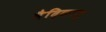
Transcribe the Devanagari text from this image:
वैदिकात्